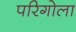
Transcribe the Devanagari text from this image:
परिगोला